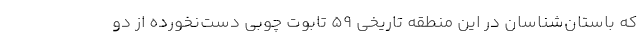
که باستان‌شناسان در این منطقه تاریخی ۵۹ تابوت چوبی دست‌نخورده از دو